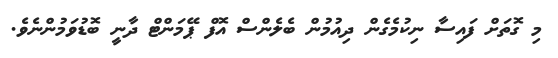
މި ގޮތަށް ފައިސާ ނިކުމެގެން ދިއުމުން ބެލެންސް އޮފް ޕޭމަންޓް ދާނީ ބޮޑުވަމުންނެވެ.